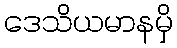
ဒေသိယမာနမှိ